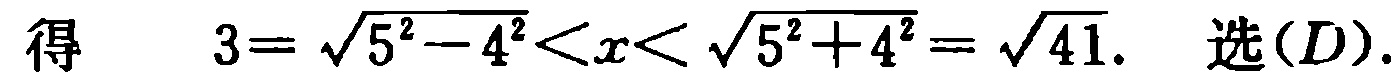
得\(3 = \sqrt{5^{2} - 4^{2}} < x < \sqrt{5^{2} + 4^{2}} = \sqrt{41}\). 选\((D)\).